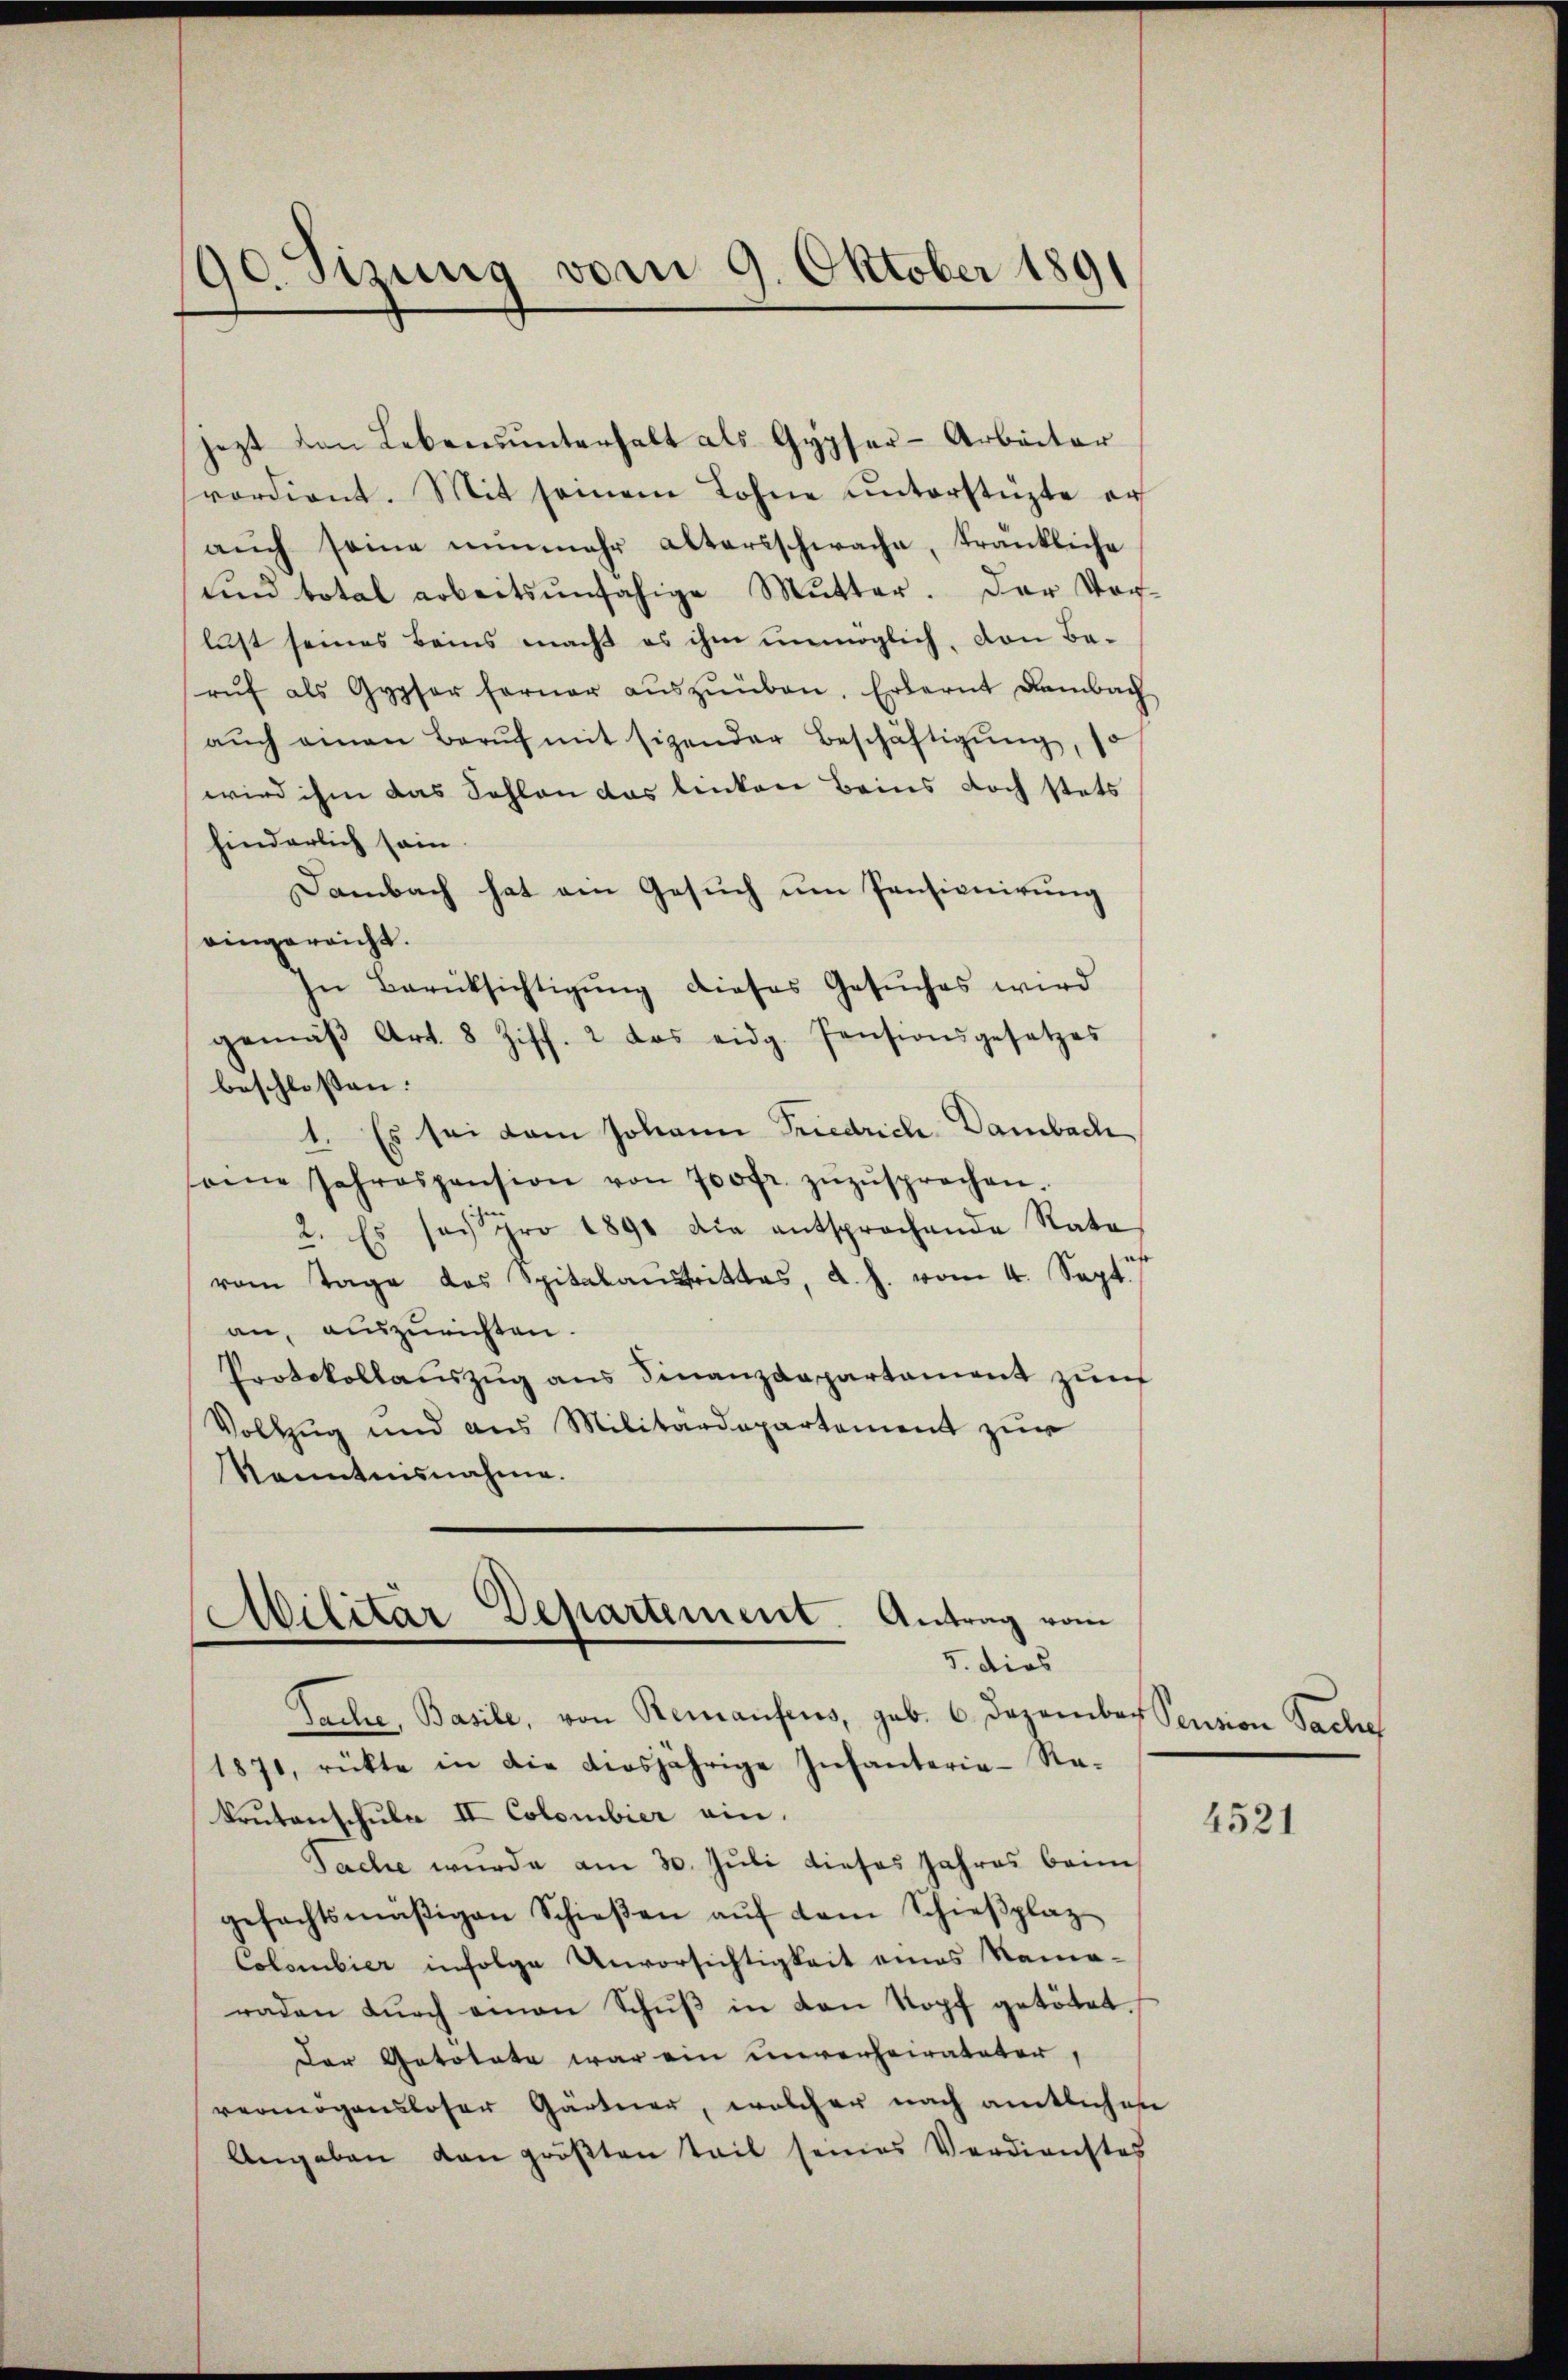
90. Sizung vom 9. Oktober 1891

jezt von Lebenŭnterhalt als Gypser-Arbeiter
vordient. Mit seinem Lohne unterstützte er
aŭch seine nunmehr altersschwache, tränkliche
uund total arbeitsunfähige Mutter. Der Vor-
lust seines Beins macht es ihm unmöglich, den Berŭf als Gypfer ferner aŭszŭüben. Erlernt Lambach
aŭch amen Berŭf mit Eigender Beschäftigŭng, so
wird ihm das Fehlen das linken Beins doch stets
hinderlich sein.
Dambach hat ein Gesuch um Pensionirung
eingereicht.
In Berücksichtigŭng dieses Gesŭches wird
gemäβ Art. 8 Ziff. 2 das eidg. Pensionsgesetzes
beschlossen:
1. Es sei dem Johann Friedrich-Dambach
same Jahrespension von 700fr. zŭzŭsprechen.
2. Es sei pro 1891 die entsprochende Rata
o
vom Tage des Spitalaustrittes, d. h. vom 4. Sept.
an, auszurichten.
Protokollaŭszŭg ans Finanzdepartament zŭr
Vollzug und aus Militärdepartement zur
Kenntnisnahme.

Militar Departement. Antrag vom
5. dies

Sache, Basile, von Renaufens, sub. 6. Dezember Sention Sache
1871, rükte in die diesjährige Infanterie-Ra-
krutenschule II Colombier ein.
Sache wurde am 30. Juli dieses Jahres beim
gefachtsmäβigen Schieβen aŭf dem Schieβplaz
Colombier infolge Unvorsichtigkeit eines Rameraden durch einen Schŭβ in den Kopf getötet.
Der Gototate war ein unverheirateter,
vermögensloser Gärtner, welcher nach amtlichen
Angaben von größten Teil seines Verdienstes

4521